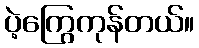
ပဲ့ကြွေကုန်တယ်။